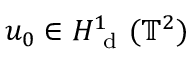
u _ { 0 } \in H _ { \mathrm { ~ d ~ } } ^ { 1 } ( \mathbb { T } ^ { 2 } )